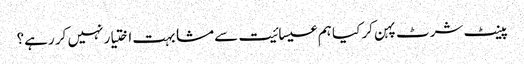
پینٹ شرٹ پہن کر کیا ہم عیسائیت سے مشابہت اختیار نہیں کر رہے؟